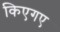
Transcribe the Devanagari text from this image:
किएगए